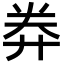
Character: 𢍊